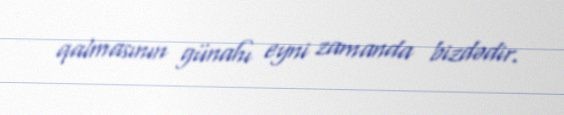
qalmasının günahı eyni zamanda bizdədir.